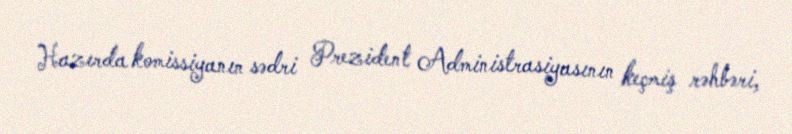
Hazırda komissiyanın sədri Prezident Administrasiyasının keçmiş rəhbəri,